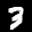
Label: 3